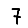
Digit: 7